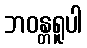
ဘဝန္တရူပါ